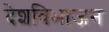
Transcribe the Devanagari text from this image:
देशविभाजन